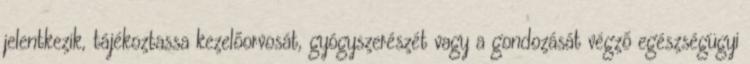
jelentkezik, tájékoztassa kezelőorvosát, gyógyszerészét vagy a gondozását végző egészségügyi